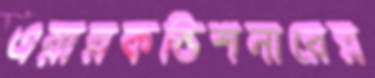
এয়ারকন্ডিশনারের